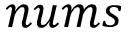
n u m s